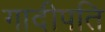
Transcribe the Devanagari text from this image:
गादीपति